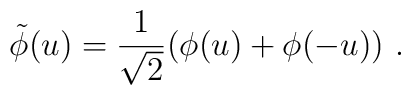
\tilde{\phi}(u) = \frac{1}{\sqrt{2}} (\phi (u)+\phi (-u)) \ .